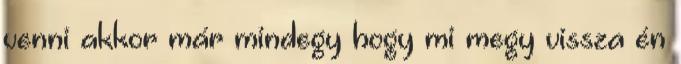
venni akkor már mindegy hogy mi megy vissza én